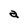
Character: a